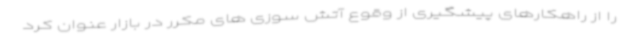
را از راهکارهای پیشگیری از وقوع آتش سوزی های مکرر در بازار عنوان کرد